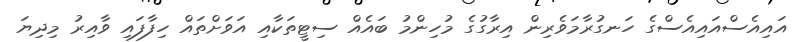
އައިއެސްއައިއެސްގެ ހަނގުރާމަވެރިން އިރާގުގެ މުހިންމު ބައެއް ސިޓީތަކާއި އަވަށްތައް ހިފާފައި ވާއިރު މިދިޔަ